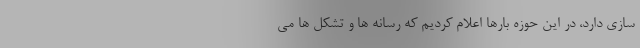
سازی دارد، در این حوزه بارها اعلام کردیم که رسانه ها و تشکل ها می